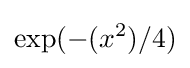
\exp(-(x^{2})/4)